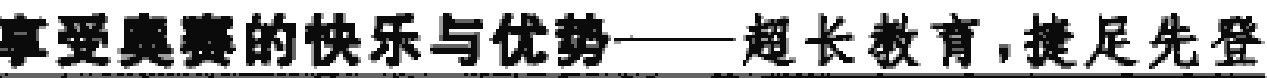
享受奥赛的快乐与优势——超长教育,捷足先登